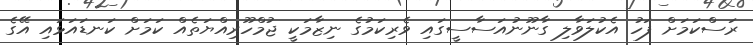
ރަސްކަމަށް ފަހު އެކުލަވާލި ގާނޫނުއަސާސީގައި ވެރިކަމުގެ ނިޒާމަކީ ޖުމްހޫރިއްޔަތެއް ކަމަށް ކަނޑައަޅައި އޭގެ